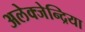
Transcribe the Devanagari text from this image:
अलेक्जेन्द्रिया